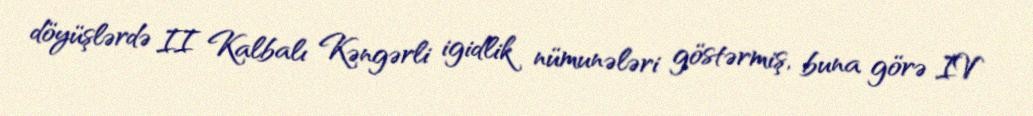
döyüşlərdə II Kalbalı Kəngərli igidlik nümunələri göstərmiş, buna görə IV